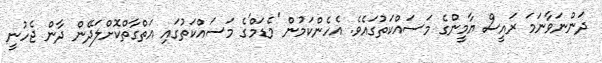
ދަންނަވާނަމަ ރައީސް ޔާމީންގެ މަސައްކަތުގައެވެ. އެހެންކަމުން 'މެޑަމް'ގެ މަސައްކަތުގައި އަތްގާތްކޮށްލަދޭން ދާން ޖެހުނީ